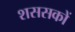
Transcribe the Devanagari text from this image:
शससकों